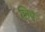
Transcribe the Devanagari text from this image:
शिएं